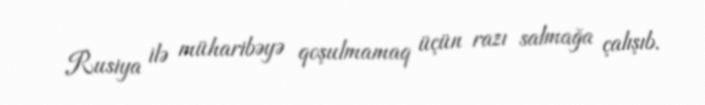
Rusiya ilə müharibəyə qoşulmamaq üçün razı salmağa çalışıb.